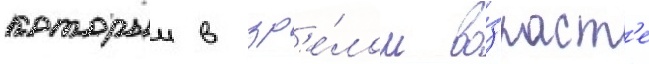
которыи в зр'е́лом во́зраст'е